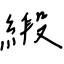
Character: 緞